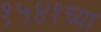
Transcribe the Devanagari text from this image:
१५४१च्या